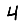
Digit: 4